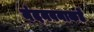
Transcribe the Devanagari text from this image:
नंदनवनाकडे